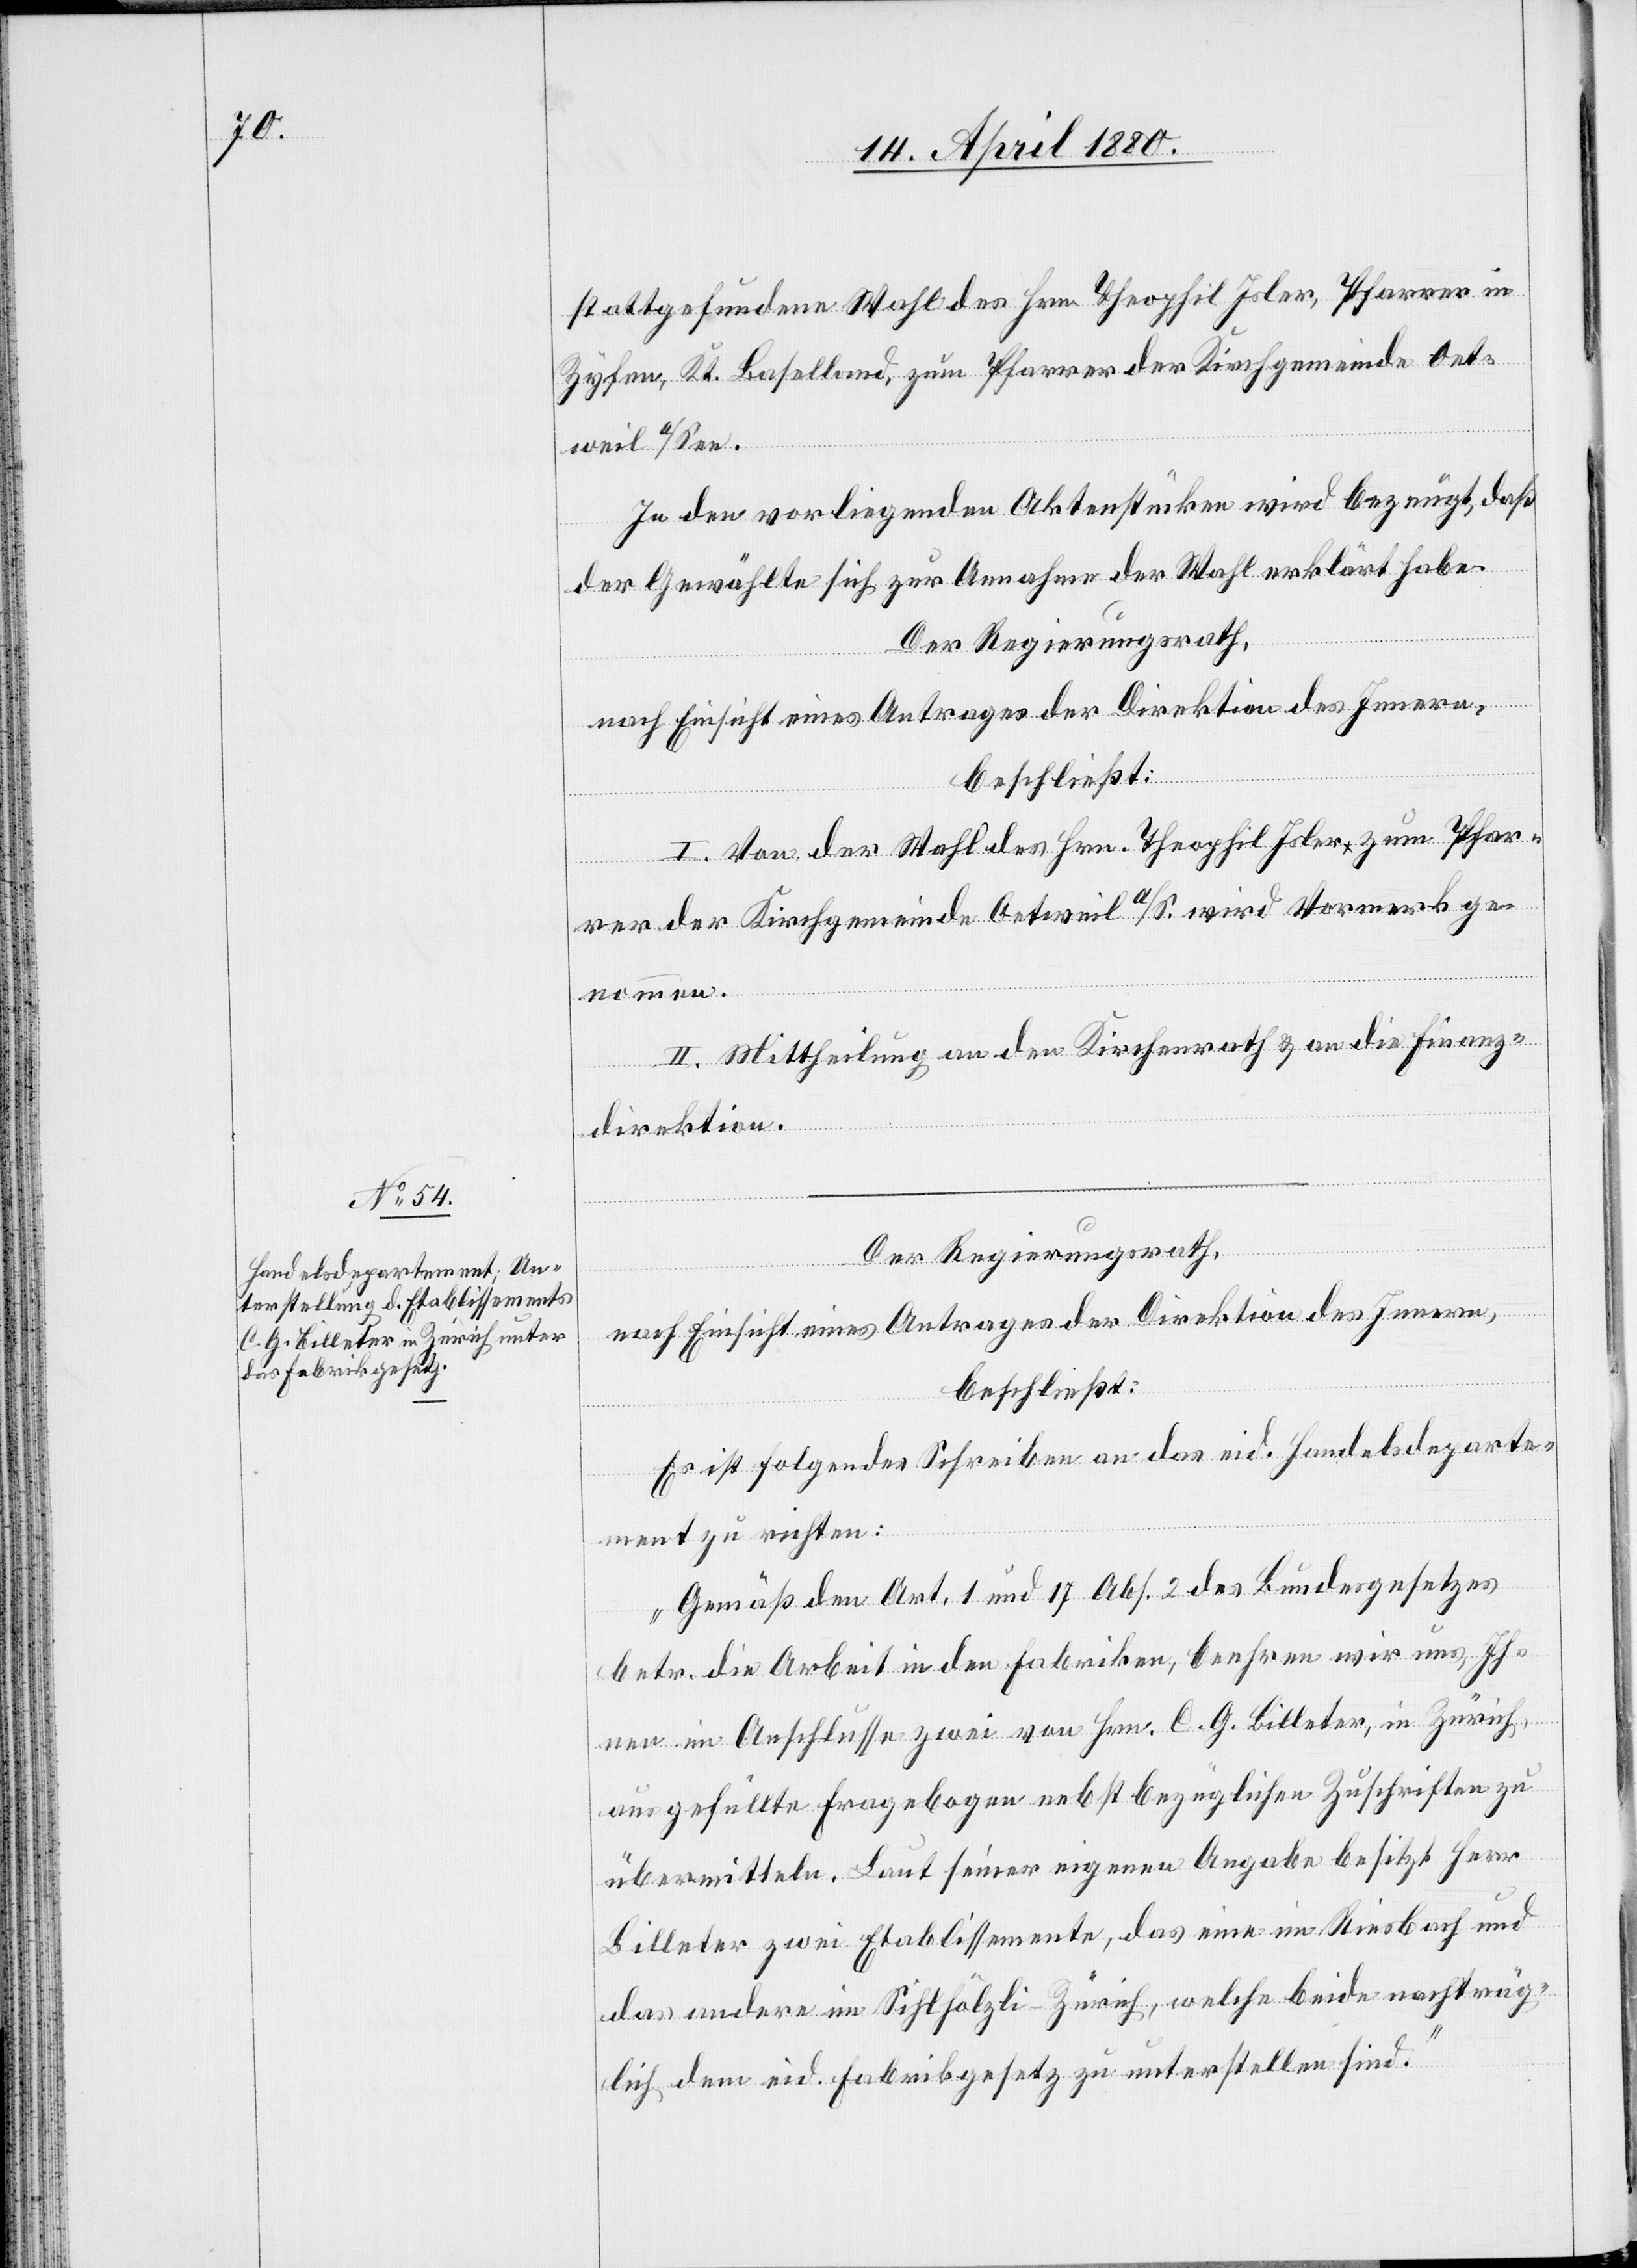
stattgefundenen Wahl des Hrn. Theophil Isler, Pfarrer in
Zyfen, Kt. Baselland, zum Pfarrer der Kirchgemeinde Oet¬
weil
In den vorliegenden Aktenstücken wird bezeugt, daß
der Gewählte sich zur Annahme der Wahl erklärt habe.
Der Regierungsrath,
nach Einsicht eines Antrages der Direktion des Innern,
beschließt:
I. Von der Wahl des Hrn. Theophil Isler zum Pfar¬
rer der Kirchgemeinde Oetweil a/S. wird Vormerk ge¬
nommen.
II. Mittheilung an den Kirchenrath & an die Finanz¬
direktion.
a/See.
nach Einsicht eines Antrages der Direktion des Innern,
beschließt:
Es ist folgendes Schreiben an das eid. Handelsdeparte¬
ment zu richten:
„Gemäß den Art. 1 und 17 Abs. 2 des Bundesgesetzes
betr. die Arbeit in den Fabriken, beehren wir uns, Ih¬
nen im Anschlusse zwei von Hrn. C. G. Billeter, in Zürich,
ausgefüllte Fragebogen nebst bezüglichen Zuschriften zu
übermitteln. Laut seiner eigenen Angabe besitzt Herr
Billeter zwei Etablissemente, das eine im Riesbach und
das andere im Sihlhölzli - Zürich, welche beide nachträg¬
lich dem eid. Fabrikgesetz zu unterstellen sind.